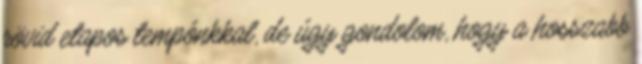
rövid etapos tempónkkal, de úgy gondolom, hogy a hosszabb